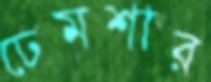
ঢেমশার